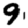
Digit: 9